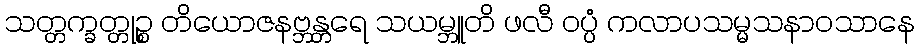
သတ္တက္ခတ္တုဉ္စ တိယောဇနဗ္ဘန္တရေ သယမ္ဘူတိ ဖလီ ဝပ္ပံ ကလာပသမ္မသနာဝသာနေ